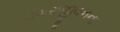
નગરજીવનના